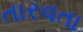
તારવતા